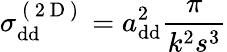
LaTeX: \sigma_{\mathrm{{dd}}}^{\mathrm{~(~2~D~)~}}=a_{\mathrm{{dd}}}^{2}\frac{\pi}{k^{2}s^{3}}